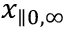
x _ { \parallel 0 , \infty }